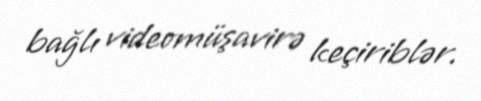
bağlı videomüşavirə keçiriblər.